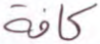
كافة